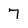
Character: 7